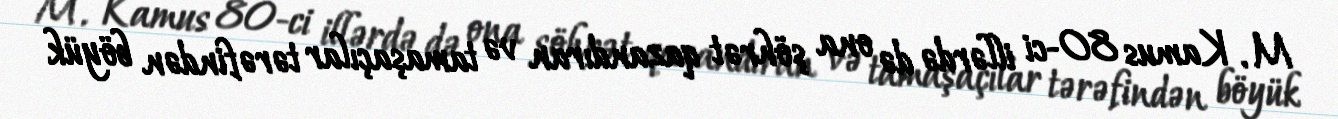
M. Kamus 80-ci illərdə də ona şöhrət qazandıran və tamaşaçılar tərəfindən böyük